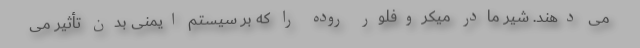
می دهند. شیر مادر میکروفلور روده را که بر سیستم ایمنی بدن تأثیر می